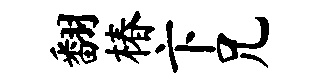
翻椿卞兄